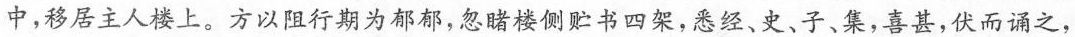
中，移居主人楼上。方以阻行期为郁郁，忽睹楼侧贮书四架，悉经、史、子、集，喜甚，伏而诵之，